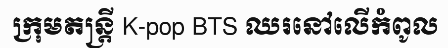
ក្រុមតន្ត្រី K-pop BTS ឈរនៅលើកំពូល